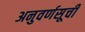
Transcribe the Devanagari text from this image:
अनुवर्णसूची